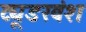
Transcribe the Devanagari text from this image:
ट्यूडरवंश